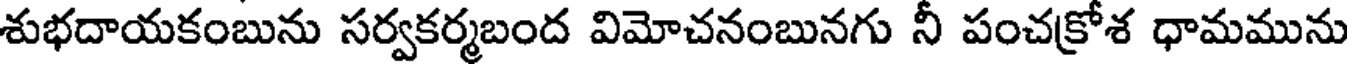
శుభదాయకంబును సర్వకర్మబంద విమోచనంబునగు నీ పంచక్రోశ ధామమును